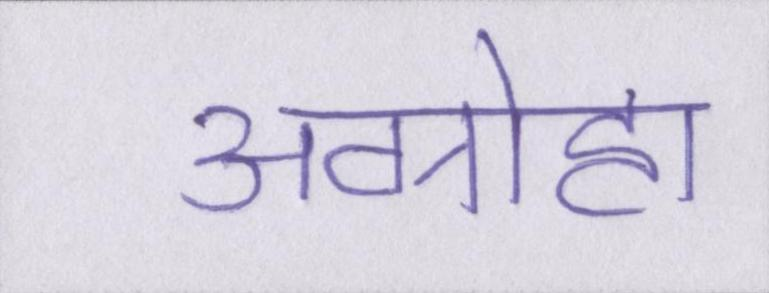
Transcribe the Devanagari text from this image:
अग्रोहा